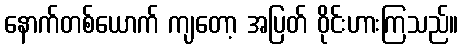
နောက်တစ်ယောက် ကျတော့ အပြတ် ဝိုင်းဟားကြသည်။